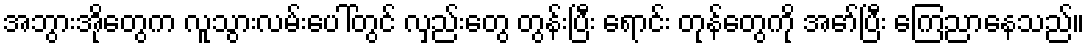
အဘွားအိုတွေက လူသွားလမ်းပေါ်တွင် လှည်းတွေ တွန်းပြီး ရောင်း တုန်တွေကို အော်ပြီး ကြေညာနေသည်။